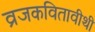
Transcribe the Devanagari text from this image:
व्रजकवितावीथी